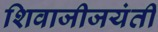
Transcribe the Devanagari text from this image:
शिवाजीजयंती